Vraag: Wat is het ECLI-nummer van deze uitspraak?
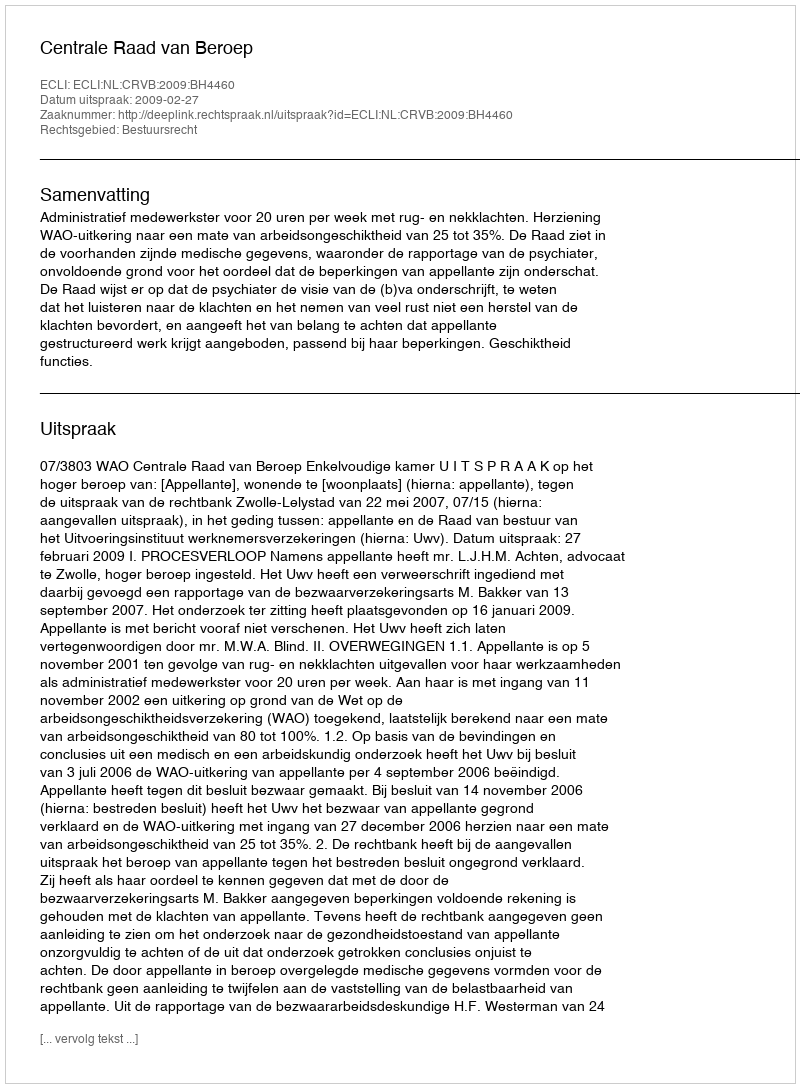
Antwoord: ECLI:NL:CRVB:2009:BH4460